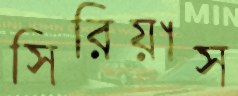
সিরিয়াস